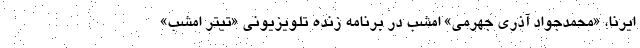
ایرنا، «محمدجواد آذری جهرمی» امشب در برنامه زنده تلویزیونی «تیتر امشب»